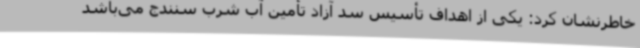
خاطرنشان کرد: یکی از اهداف تأسیس سد آزاد تأمین آب شرب سنندج می‌باشد